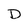
Character: D